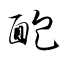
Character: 靤